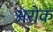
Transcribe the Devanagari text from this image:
अरोक